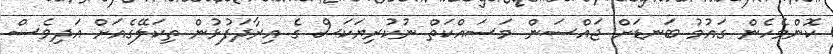
ކޮންމެހެން ގައުމު ބަނޑަށް ޖައްސަން މަސައްކަތް ނުކުރިޔަކަސް ގެ އިރާދަފުޅުން ތިކަލޭގެއަށް އަދިވެސް